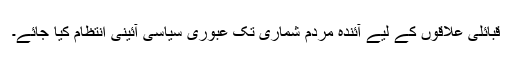
قبائلی علاقوں کے لیے آئندہ مردم شماری تک عبوری سیاسی آئینی انتظام کیا جائے۔